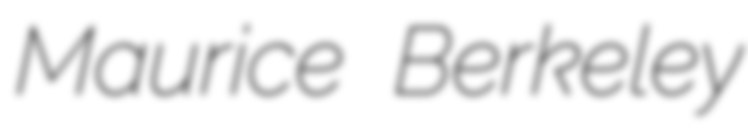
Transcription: Maurice Berkeley